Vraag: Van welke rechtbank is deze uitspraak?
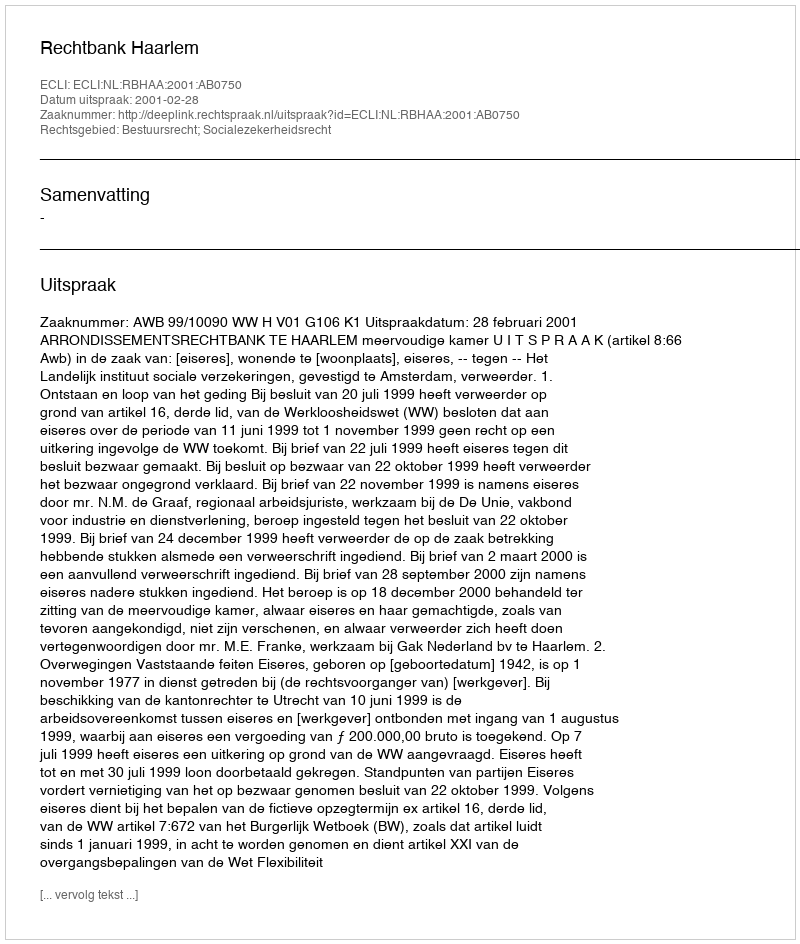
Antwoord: Rechtbank Haarlem